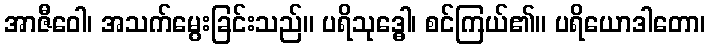
အာဇီဝေါ၊ အသက်မွေးခြင်းသည်။ ပရိသုဒ္ဓေါ၊ စင်ကြယ်၏။ ပရိယောဒါတော၊